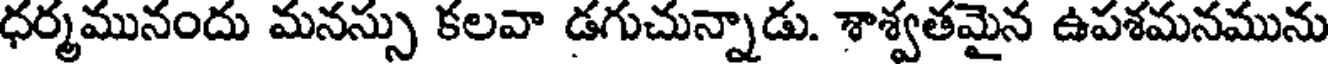
ధర్మమునందు మనస్సు కలవా డగుచున్నాడు. శాశ్వతమైన ఉపశమనమును